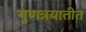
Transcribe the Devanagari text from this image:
गुणत्रयातीत